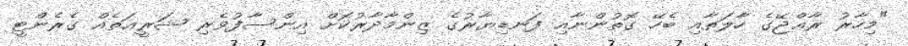
"މިހާރު ރާޢްޖޭގެ ހާލަތާއި ބެހޭ ގޮތުންނާއި ފަނޑިޔާރުގެ ޒިންމާދާރުކޮށް އިންސާފުވެރި ޝަރީޢަތެއް ގެރެންޓީ